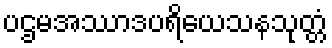
ပဌမအဿာဒပရိယေသနသုတ္တံ